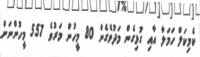
ކެމިކަލް ހަމަލާ އާއި ގުޅިގެން މަދުވެގެން 80 މީހުން މަރުވެ 557 މީހުންނަށް